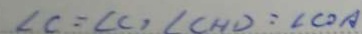
\angle C = \angle C , \angle C H D = \angle C O A